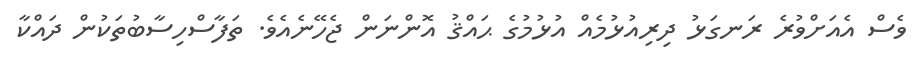
ވެސް އެއަށްވުރެ ރަނގަޅު ދިރިއުޅުމެއް އުޅުމުގެ ޙައްޤު އޮންނަން ޖެހޭނެއެވެ. ތަފާސްހިސާބުތަކުން ދައްކާ